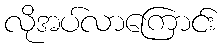
လိုအပ်လာကြောင်း